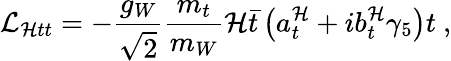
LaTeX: {\cal L}_{{\cal H}tt}=-\frac{g_{W}}{\sqrt 2}\frac{m_{t}}{m_{W}}{\cal H}\bar{t}\left(a_{t}^{\cal H}+ib_{t}^{\cal H}\gamma_{5}\right)t~,